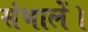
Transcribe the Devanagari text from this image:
संभालें।